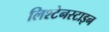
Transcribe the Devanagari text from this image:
लिश्टेनस्टाइन